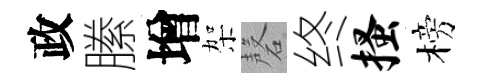
政縢增架磬终搔榜